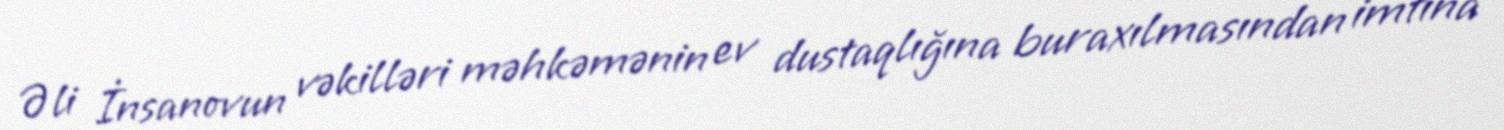
Əli İnsanovun vəkilləri məhkəmənin ev dustaqlığına buraxılmasından imtina